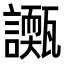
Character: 𧭌